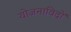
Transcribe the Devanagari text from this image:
योजनाविदों